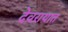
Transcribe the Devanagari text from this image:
देवरायात